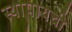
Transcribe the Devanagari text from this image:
स्थापायची